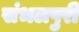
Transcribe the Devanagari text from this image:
संभलपुरी